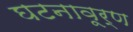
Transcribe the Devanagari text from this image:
घटनावूर्ण